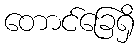
တောင်ခြေရှိ